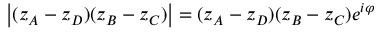
\left| ( z _ { A } - z _ { D } ) ( z _ { B } - z _ { C } ) \right| = ( z _ { A } - z _ { D } ) ( z _ { B } - z _ { C } ) e ^ { i \varphi }